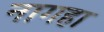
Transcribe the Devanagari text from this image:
नागहा